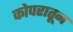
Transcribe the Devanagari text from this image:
कोपरातून